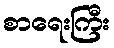
စာရေးကြီး